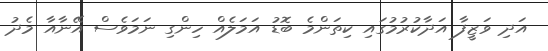
އަދި ވަޒީފާ އަދާކުރުމުގައި ކިތަންމެ ބޮޑު އަމަލެއް ހިންގި ނަމަވެސް އޭނާއާ މެދު